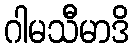
ဂါမသီမာဒိ